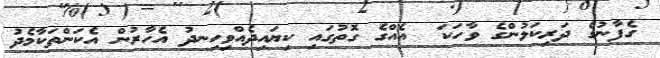
ގެފާނުގެ ދަރިކަލުންގެ ވާހަކަ  އެއްގެ ގޮތުގައި ކިޔައިދެއްވިހިނދު އެހާރުން އެކަންތަކާމެދު